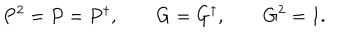
LaTeX: P ^ { 2 } = P = P ^ { \dagger } , \qquad G = G ^ { \dagger } , \qquad G ^ { 2 } = 1 .